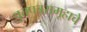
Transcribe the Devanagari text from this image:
वृत्तपत्रसमूहाचे